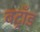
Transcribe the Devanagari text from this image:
बट्राँड